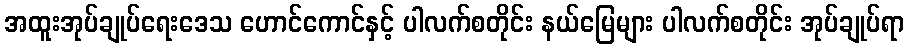
အထူးအုပ်ချုပ်ရေးဒေသ ဟောင်ကောင်နှင့် ပါလက်စတိုင်း နယ်မြေများ ပါလက်စတိုင်း အုပ်ချုပ်ရာ